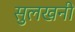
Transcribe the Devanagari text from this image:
सुलखनी